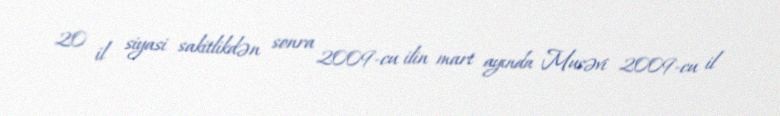
20 il siyasi sakitlikdən sonra 2009-cu ilin mart ayında Musəvi 2009-cu il